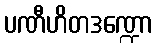
ပဏီဟိတဒဏ္ဍော